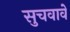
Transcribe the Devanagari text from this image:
सुचवावे